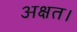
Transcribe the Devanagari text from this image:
अक्षत।